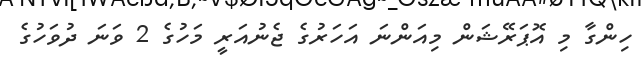
ހިންގާ މި އޮޕަރޭޝަން މިއަންނަ އަހަރުގެ ޖެނުއަރީ މަހުގެ 2 ވަނަ ދުވަހުގެ